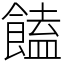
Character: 饁